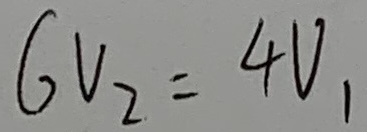
6 V _ { 2 } = 4 V _ { 1 }